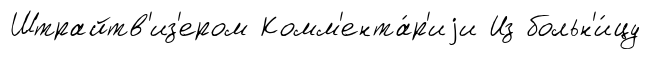
Штрайтв'из'ером Комм'ента́р'иjи Из больн'и́цу